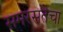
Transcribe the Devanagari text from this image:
समरसतेचा